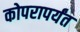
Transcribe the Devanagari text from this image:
कोपरापर्यंत